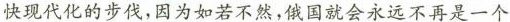
快现代化的步伐，因为如若不然，俄国就会永远不再是一个